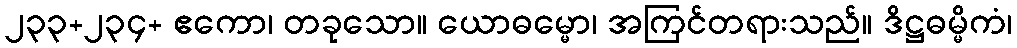
၂၃၃+၂၃၄+ ဧကော၊ တခုသော။ ယောဓမ္မော၊ အကြင်တရားသည်။ ဒိဋ္ဌဓမ္မိကံ၊